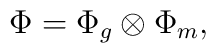
\Phi = \Phi_{g} \otimes \Phi_m,